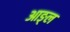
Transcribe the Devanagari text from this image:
आङ्ल